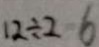
1 2 \div 2 = 6